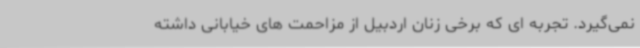
نمی‌گیرد. تجربه ای که برخی زنان اردبیل از مزاحمت های خیابانی داشته